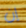
إن